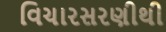
વિચારસરણીથી